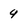
Character: 4